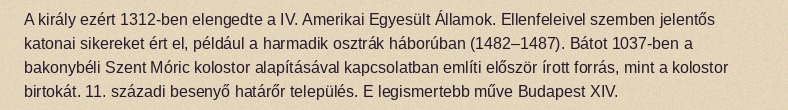
A király ezért 1312-ben elengedte a IV. Amerikai Egyesült Államok. Ellenfeleivel szemben jelentős katonai sikereket ért el, például a harmadik osztrák háborúban (1482–1487). Bátot 1037-ben a bakonybéli Szent Móric kolostor alapításával kapcsolatban említi először írott forrás, mint a kolostor birtokát. 11. századi besenyő határőr település. E legismertebb műve Budapest XIV.